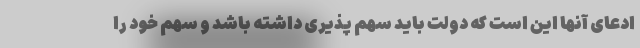
ادعای آنها این است که دولت باید سهم پذیری داشته باشد و سهم خود را